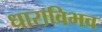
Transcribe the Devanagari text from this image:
धाराविभव